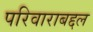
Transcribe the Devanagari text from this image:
परिवाराबद्दल